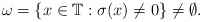
\begin{align*}\omega=\{x\in\mathbb{T}:\sigma(x)\neq 0\}\neq\emptyset.\end{align*}